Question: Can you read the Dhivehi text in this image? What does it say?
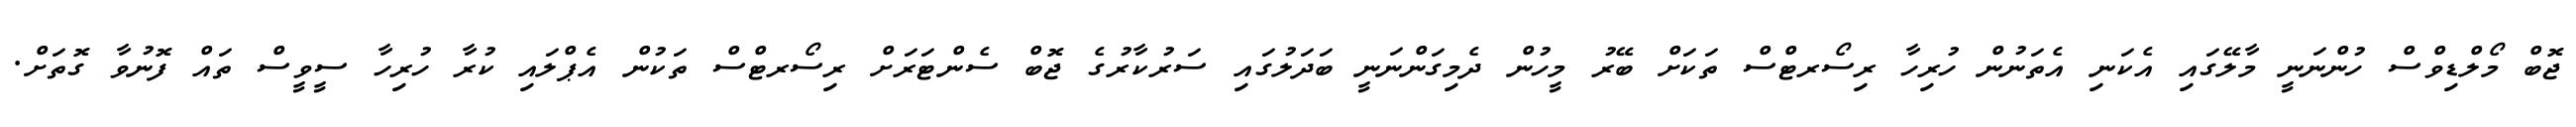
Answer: ޖޮބް މޯލްޑިވްސް ހުންނަނީ މާލޭގައި އެކަނި އެތަނުން ހުރިހާ ރިސޯރޓްސް ތަކަށް ބޭރު މީހުން ދެމިގަންނަނީ ބަދަލުގައި ސަރުކާރުގެ ޖޮބް ސެންޓަރަށް ރިސޯރޓްސް ތަކުން އެޕްލައި ކުރާ ހުރިހާ ސީވީސް ތައް ފޮނުވާ ގޮތަށް.